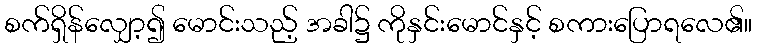
စက်ရှိန်လျှော့၍ မောင်းသည့် အခါ၌ ကိုနှင်းမောင်နှင့် စကားပြောရလေ၏။